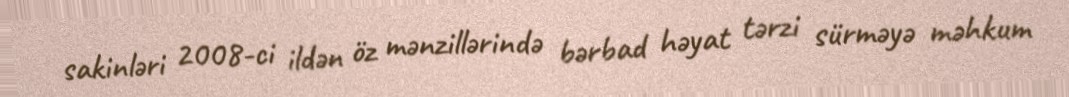
sakinləri 2008-ci ildən öz mənzillərində bərbad həyat tərzi sürməyə məhkum